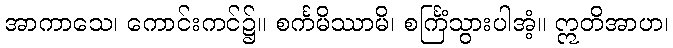
အာကာသေ၊ ကောင်းကင်၌။ စင်္ကမိဿာမိ၊ စင်္ကြံသွားပါအံ့။ ဣတိအာဟ၊